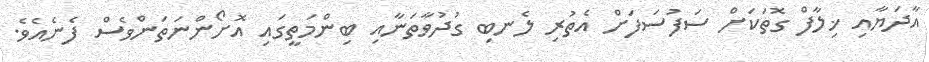
އާދަޔާއި ޚިލާފް ގޮތަކަށް ސަފުސަފަށް އެތުރި ލެނބި ގުދުވާތަނާއި ބިންމަތީގައި އޮށޯންނަތަންވެސް ފެނެއެވެ.